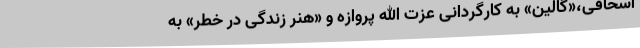
اسحاقی،«گالین» به کارگردانی عزت الله پروازه و «هنر زندگی در خطر» به